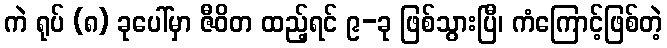
ကဲ ရုပ် (၈) ခုပေါ်မှာ ဇီဝိတ ထည့်ရင် ၉-ခု ဖြစ်သွားပြီ၊ ကံကြောင့်ဖြစ်တဲ့